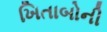
ખિતાબોની